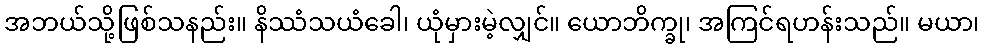
အဘယ်သို့ဖြစ်သနည်း။ နိဿံသယံခေါ၊ ယုံမှားမဲ့လျှင်။ ယောဘိက္ခု၊ အကြင်ရဟန်းသည်။ မယာ၊